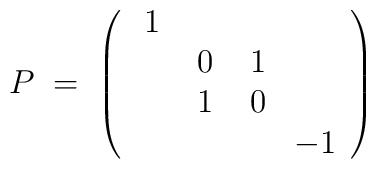
P \;=\; \left(\begin{array}{cccc}\;1 & & & \\& \;0 & \;1 & \\& \;1 & \;0 & \\& & & -1\end{array}\right)